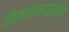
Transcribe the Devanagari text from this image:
विनायकरावांना